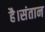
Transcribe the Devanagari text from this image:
है।संतान